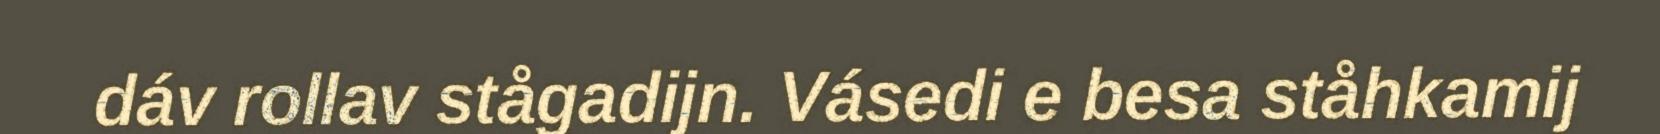
dáv rollav stågadijn. Vásedi e besa ståhkamij